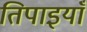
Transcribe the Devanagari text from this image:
तिपाइयाँ